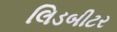
લિડબીટર